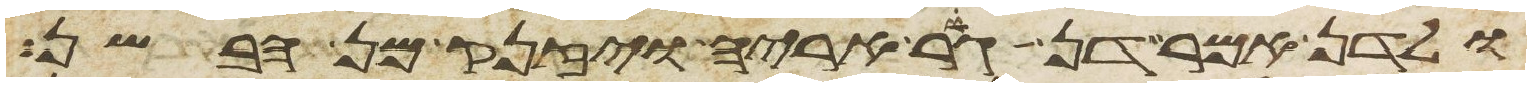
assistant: ולדן אמר דן גור אריה ויזנק מן הבשן